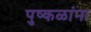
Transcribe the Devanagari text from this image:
पुष्‍कळांना